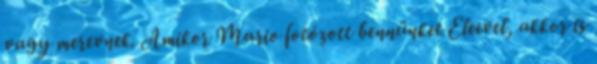
vagy merevnek. Amikor Mario fotózott bennünket Eleevel, akkor is